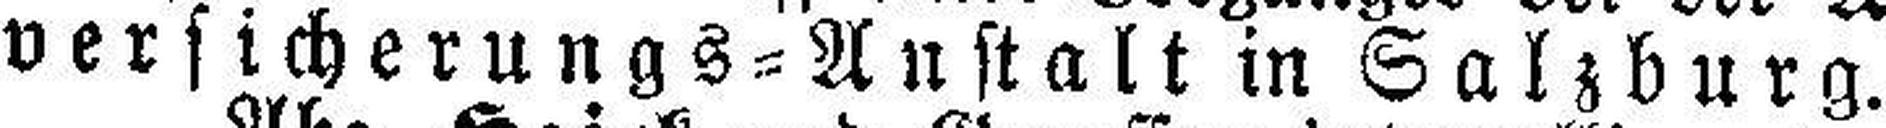
versicherungs=Anstalt in Salzburg.